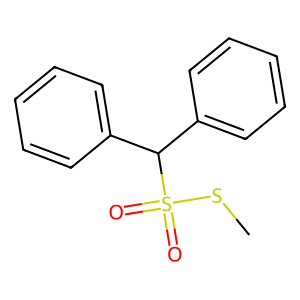
SMILES: CSS(=O)(=O)C(c1ccccc1)c1ccccc1
Inhibits HIV replication: No